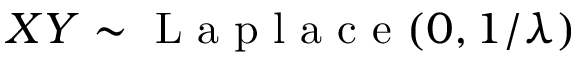
X Y \sim { \textrm { L a p l a c e } } ( 0 , 1 / \lambda )